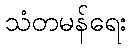
သံတမန်ရေး